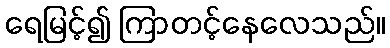
ရေမြင့်၍ ကြာတင့်နေလေသည်။